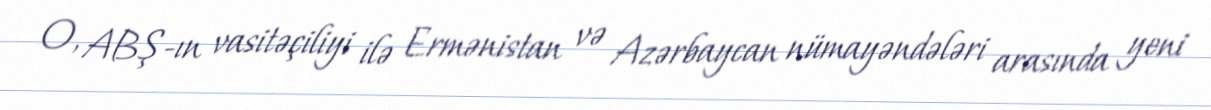
O, ABŞ-ın vasitəçiliyi ilə Ermənistan və Azərbaycan nümayəndələri arasında yeni